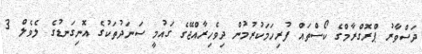
ދަސްވާރު ޕްރޮގްރާމްގެ ކޯސްތައް ފުރިހަމަކުރުމުން ދިވެހިރާއްޖޭގެ ގައުމީ ސަނަދުތަކުގެ އޮނިގަނޑުގެ ލެވެލް 3